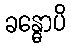
ခန္ဓောပိ